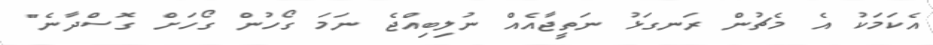
އެކަމަކު އެ މެޗުން ރަނގަޅު ނަތީޖާއެއް ނުލިބިއްޖެ ނަމަ ގޯހުން ގޯހަށް ގޮސްދާނެ"